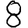
Digit: 8